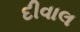
દીવાલ